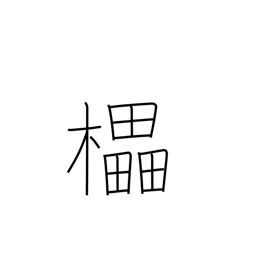
Meaning: decorated wine cask